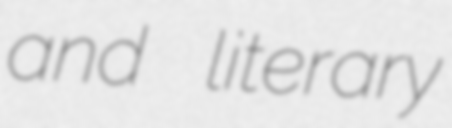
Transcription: and literary